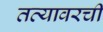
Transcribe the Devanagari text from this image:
तव्यावरची